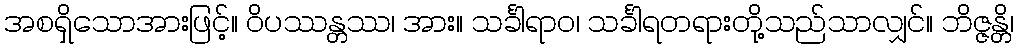
အစရှိသောအားဖြင့်။ ဝိပဿန္တဿ၊ အား။ သင်္ခါရာဝ၊ သင်္ခါရတရားတို့သည်သာလျှင်။ ဘိဇ္ဇန္တိ၊